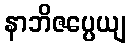
နာဘိဇပ္ပေယျ